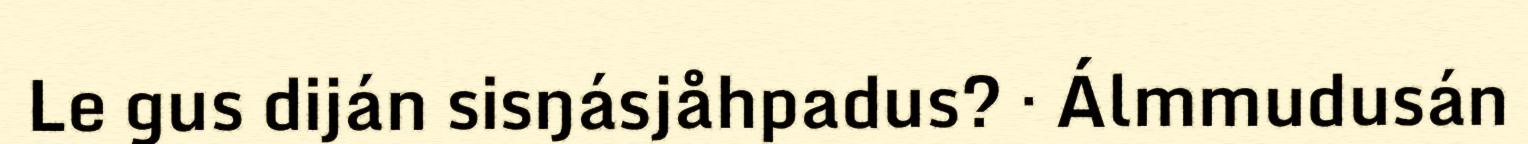
Le gus diján sisŋásjåhpadus? · Álmmudusán